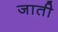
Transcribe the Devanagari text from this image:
जाती